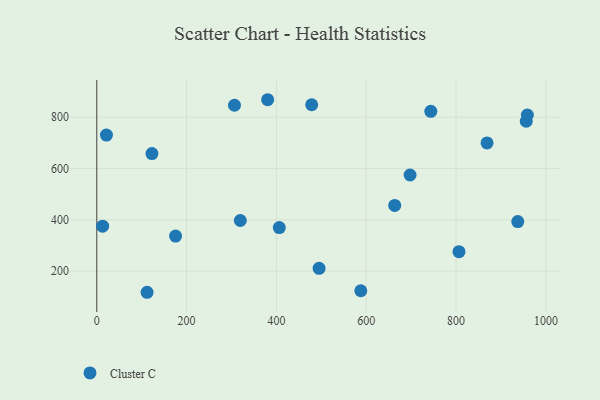
{"axis": {"x": "Engine Size", "y": "Exam Score"}, "legend": ["Cluster C"], "data": [{"x": "587.9", "y": 123.5, "type": "Cluster C"}, {"x": "869.0", "y": 699.8, "type": "Cluster C"}, {"x": "937.4", "y": 393.3, "type": "Cluster C"}, {"x": "697.6", "y": 574.8, "type": "Cluster C"}, {"x": "319.6", "y": 397.4, "type": "Cluster C"}, {"x": "478.5", "y": 848.9, "type": "Cluster C"}, {"x": "306.6", "y": 846.9, "type": "Cluster C"}, {"x": "175.4", "y": 336.9, "type": "Cluster C"}, {"x": "112.0", "y": 117.6, "type": "Cluster C"}, {"x": "13.0", "y": 375.2, "type": "Cluster C"}, {"x": "21.5", "y": 730.6, "type": "Cluster C"}, {"x": "380.5", "y": 868.4, "type": "Cluster C"}, {"x": "956.3", "y": 784.4, "type": "Cluster C"}, {"x": "122.8", "y": 658.5, "type": "Cluster C"}, {"x": "958.8", "y": 808.8, "type": "Cluster C"}, {"x": "663.4", "y": 456.3, "type": "Cluster C"}, {"x": "743.8", "y": 823.2, "type": "Cluster C"}, {"x": "806.5", "y": 276.0, "type": "Cluster C"}, {"x": "406.4", "y": 370.0, "type": "Cluster C"}, {"x": "495.0", "y": 211.0, "type": "Cluster C"}]}